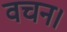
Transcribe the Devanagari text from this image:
वचन।